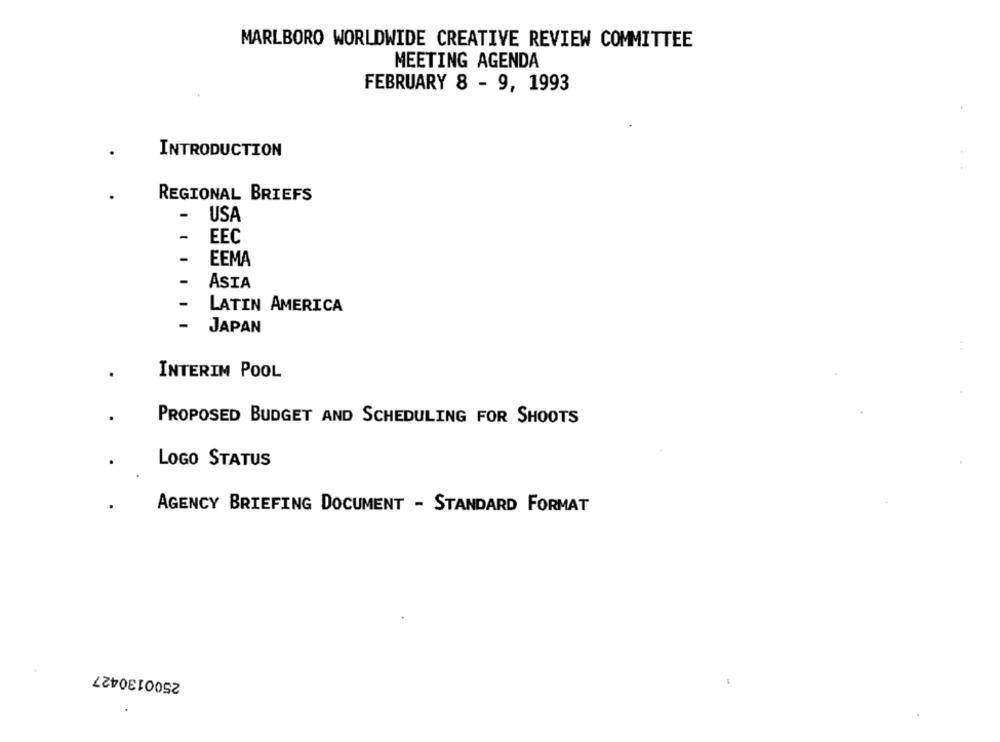
MARLBORO WORLDWIDE CREATIVE REVIEW COMMITTEE
MEETING AGENDA
FEBRUARY 8 - 9, 1993
INTRODUCTION
REGIONAL BRIEFS
-
USA
-
EEC
-
EEMA
ASIA
-
LATIN AMERICA
- JAPAN
INTERIM POOL
PROPOSED BUDGET AND SCHEDULING FOR SHOOTS
LOGO STATUS
AGENCY BRIEFING DOCUMENT - STANDARD FORMAT
2500130427